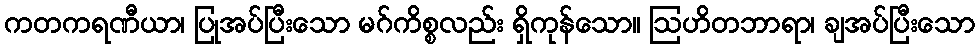
ကတကရဏီယာ၊ ပြုအပ်ပြီးသော မဂ်ကိစ္စလည်း ရှိကုန်သော။ ဩဟိတဘာရာ၊ ချအပ်ပြီးသော